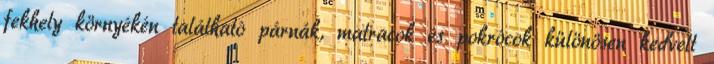
fekhely környékén található párnák, matracok és pokrócok különösen kedvelt